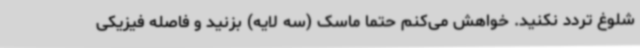
شلوغ تردد نکنید. خواهش می‌کنم حتما ماسک (سه لایه) بزنید و فاصله فیزیکی